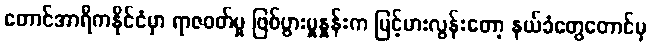
တောင်အာရိကနိုင်ငံမှာ ရာဇဝတ်မှု ဖြစ်ပွားမှုနှုန်းက မြင့်မားလွန်းတော့ နယ်ခံတွေတောင်မှ